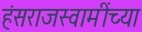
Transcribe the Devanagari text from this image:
हंसराजस्वामींच्या